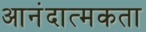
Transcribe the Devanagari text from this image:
आनंदात्मकता